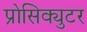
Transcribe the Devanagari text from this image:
प्रोसिक्युटर